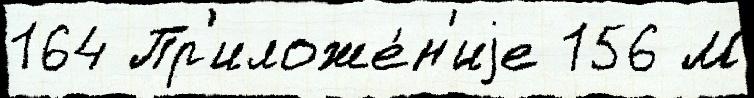
164 Пр'иложе́н'иjе 156 М